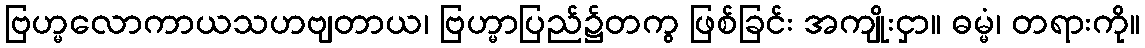
ဗြဟ္မလောကာယသဟဗျတာယ၊ ဗြဟ္မာပြည်၌တကွ ဖြစ်ခြင်း အကျိုးငှာ။ ဓမ္မံ၊ တရားကို။